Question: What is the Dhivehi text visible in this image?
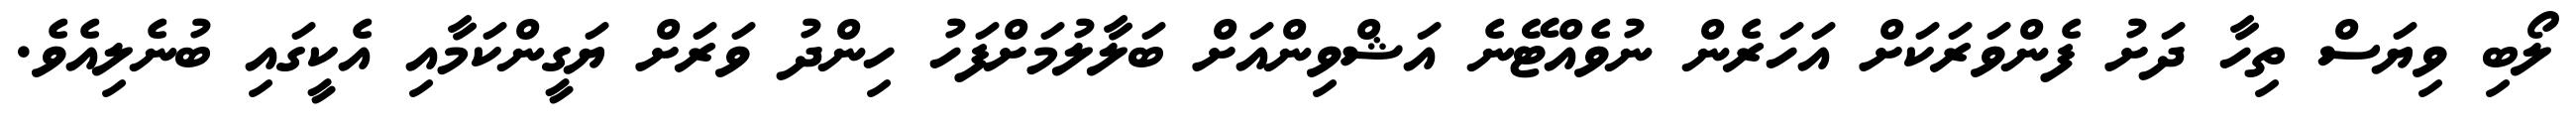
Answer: ލޯބި ވިޔަސް ތިހާ ދަށު ފެންވަރަކަށް އަހަރެން ނުވެއްޓޭނެ އަޝްވިންއަށް ބަލާލުމަށްފަހު ހިންދު ވަރަށް ޔަގީންކަމާއި އެކީގައި ބުނެލިއެވެ.